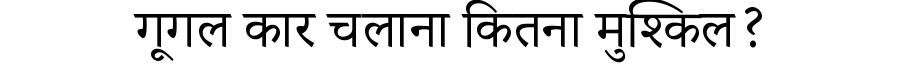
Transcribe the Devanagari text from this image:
गूगल कार चलाना कितना मुश्किल?